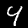
Digit: 4